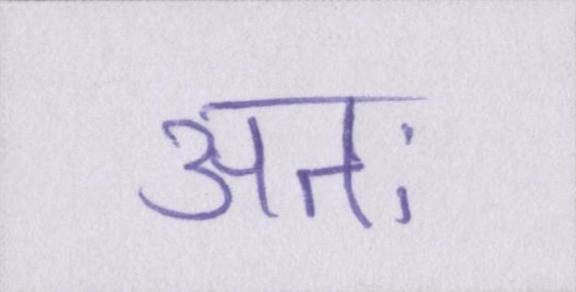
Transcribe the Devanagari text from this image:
अतः